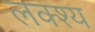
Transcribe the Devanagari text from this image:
लक्श्य